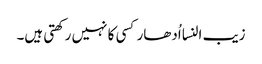
زیب النسا اُدھار کسی کا نہیں رکھتی ہیں۔